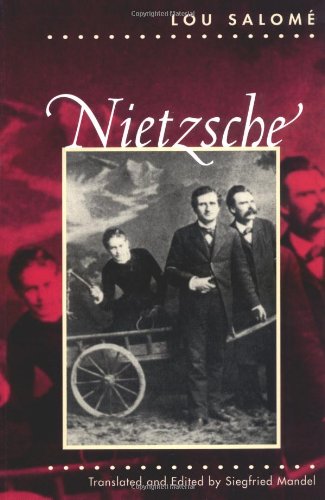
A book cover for Nietzsche; Lou Salome; Biographies & Memoirs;